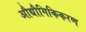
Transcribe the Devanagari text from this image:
औद्यौगिकिकरण